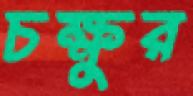
চক্ষুর